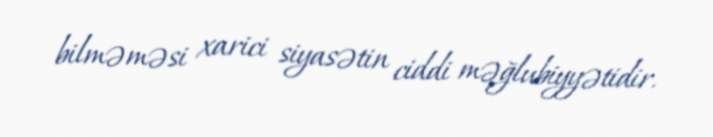
bilməməsi xarici siyasətin ciddi məğlubiyyətidir.